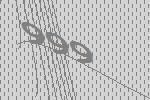
999